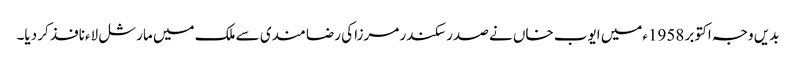
بدیں وجہ اکتوبر 1958ءمیں ایوب خاں نے صدر سکندر مرزا کی رضا مندی سے ملک میں مارشل لاءنافذ کر دیا۔